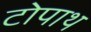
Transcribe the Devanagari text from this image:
टोपाथ